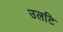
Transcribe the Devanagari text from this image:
उलटि